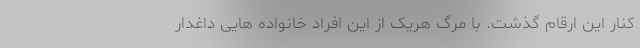
کنار این ارقام گذشت. با مرگ هریک از این افراد خانواده هایی داغدار